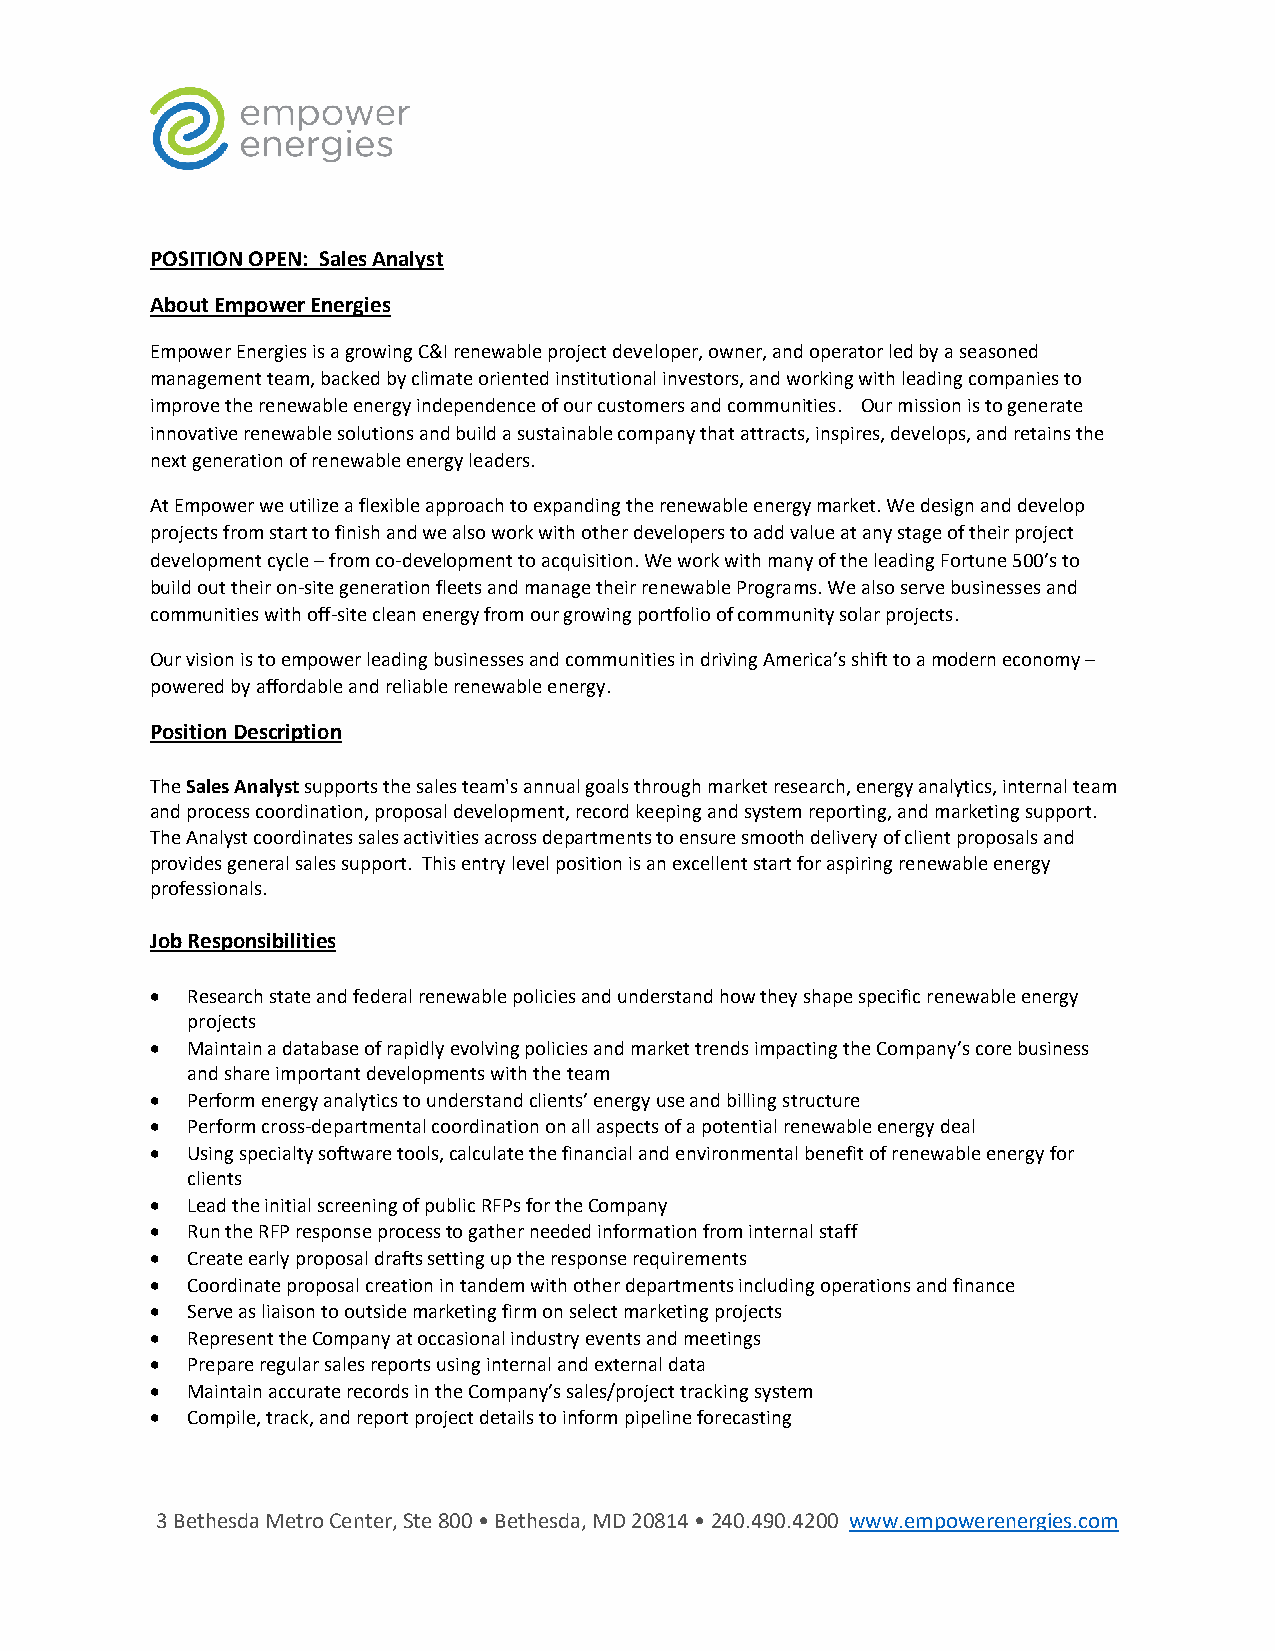
POSITION OPEN: Sales Analyst
 About Empower Energies
 Empower Energies is a growing C&I renewable project developer, owner, and operator led by a seasoned
 management team, backed by climate oriented institutional investors, and working with leading companies to
 improve the renewable energy independence of our customers and communities. Our mission is to generate
 innovative renewable solutions and build a sustainable company that attracts, inspires, develops, and retains the
 next generation of renewable energy leaders.
 At Empower we utilize a flexible approach to expanding the renewable energy market. We design and develop
 projects from start to finish and we also work with other developers to add value at any stage of their project
 development cycle – from co-development to acquisition. We work with many of the leading Fortune 500’s to
 build out their on-site generation fleets and manage their renewable Programs. We also serve businesses and
 communities with off-site clean energy from our growing portfolio of community solar projects.
 Our vision is to empower leading businesses and communities in driving America’s shift to a modern economy –
 powered by affordable and reliable renewable energy.
 Position Description
 The Sales Analyst supports the sales team's annual goals through market research, energy analytics, internal team
 and process coordination, proposal development, record keeping and system reporting, and marketing support.
 The Analyst coordinates sales activities across departments to ensure smooth delivery of client proposals and
 provides general sales support. This entry level position is an excellent start for aspiring renewable energy
 professionals.
 Job Responsibilities
 • Research state and federal renewable policies and understand how they shape specific renewable energy
 projects
 • Maintain a database of rapidly evolving policies and market trends impacting the Company’s core business
 and share important developments with the team
 • Perform energy analytics to understand clients’ energy use and billing structure
 • Perform cross-departmental coordination on all aspects of a potential renewable energy deal
 • Using specialty software tools, calculate the financial and environmental benefit of renewable energy for
 clients
 • Lead the initial screening of public RFPs for the Company
 • Run the RFP response process to gather needed information from internal staff
 • Create early proposal drafts setting up the response requirements
 • Coordinate proposal creation in tandem with other departments including operations and finance
 • Serve as liaison to outside marketing firm on select marketing projects
 • Represent the Company at occasional industry events and meetings
 • Prepare regular sales reports using internal and external data
 • Maintain accurate records in the Company’s sales/project tracking system
 • Compile, track, and report project details to inform pipeline forecasting
 3 Bethesda Metro Center, Ste 800 • Bethesda, MD 20814 • 240.490.4200 www.empowerenergies.com